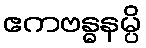
ဧကဗန္ဓနမ္ပိ